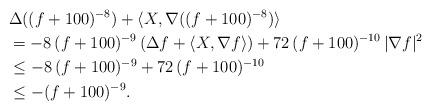
LaTeX: \begin{align*} &\Delta((f+100)^{-8}) + \langle X,\nabla ((f+100)^{-8}) \rangle \\ &= -8 \, (f+100)^{-9} \, (\Delta f + \langle X,\nabla f \rangle) + 72 \, (f+100)^{-10} \, |\nabla f|^2 \\ &\leq -8 \, (f+100)^{-9} + 72 \, (f+100)^{-10} \\ &\leq -(f+100)^{-9}. \end{align*}